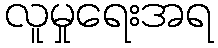
လူမှုရေးအရ